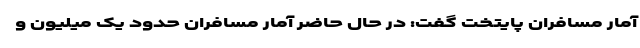
آمار مسافران پایتخت گفت: در حال حاضر آمار مسافران حدود یک میلیون و